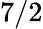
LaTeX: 7/2